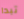
تبدا